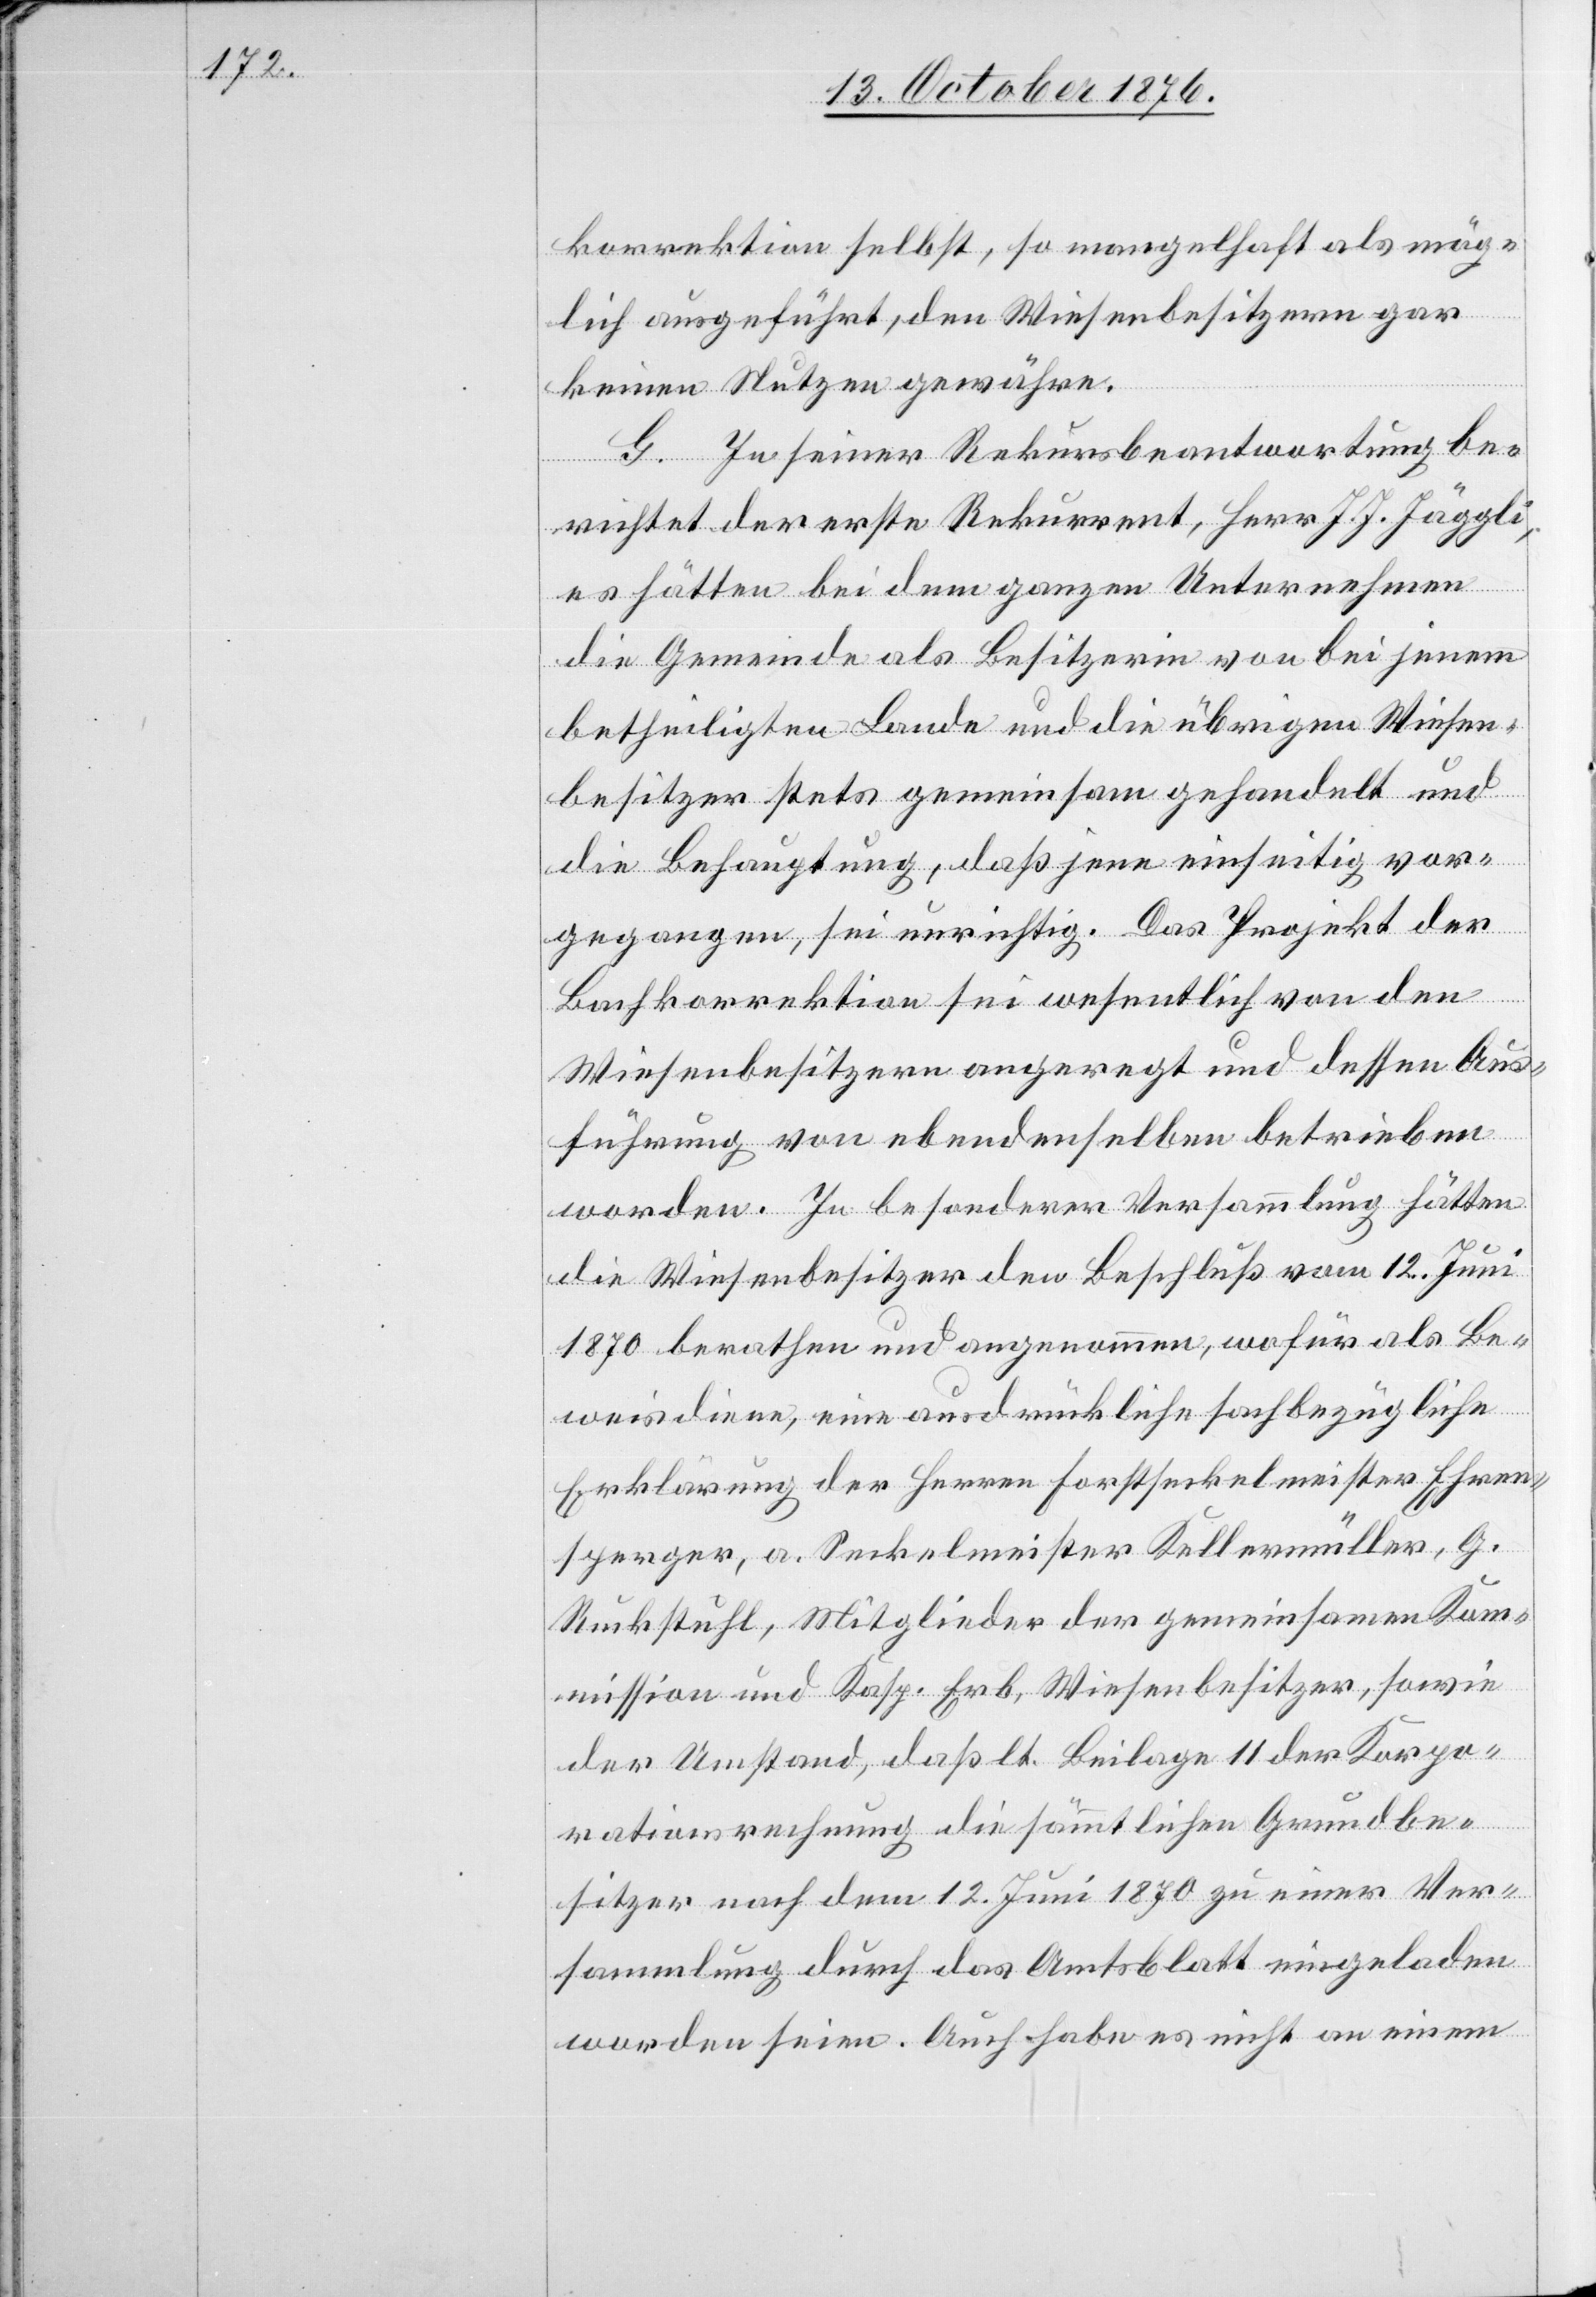
korrektion selbst, so mangelhaft als mög¬
lich ausgeführt, den Wiesenbesitzern gar
keinen Nutzen gewähre.
G. In seiner Rekursbeantwortung be¬
richtet der erste Rekurrent, Herr J. J. Jäggli,
es hätten bei dem ganzen Unternehmen
die Gemeinde als Besitzerin von bei jenem
betheiligten Lande und die übrigen Wiesen¬
besitzer stets gemeinsam gehandelt und
die Behauptung, daß jene einseitig vor¬
gegangen, sei unrichtig. Das Projekt der
Bachkorrektion sei wesentlich von den
Wiesenbesitzern angeregt und dessen Aus¬
führung von ebendenselben betrieben
worden. In besonderer Versammlung hätten
die Wiesenbesitzer den Beschluß vom 12. Juni
1870 berathen und angenommen, wofür als Be¬
weis diene, eine ausdrückliche sachbezügliche
Erklärung der Herren Forstseckelmeister Ehren¬
sperger, a. Seckelmeister Kellermüller, G.
Ruckstuhl, Mitglieder der gemeinsamen Kom¬
mission und Kasp. Erb, Wiesenbesitzer, sowie
der Umstand, daß lt. Beilage 11 der Korpo¬
rationsrechnung die sämmtlichen Grundbe¬
sitzer nach dem 12. Juni 1870 zu einer Ver¬
sammlung durch das Amtsblatt eingeladen
worden seien. Auch habe es nicht an einem